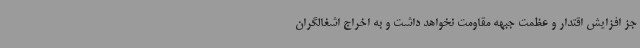
جز افزایش اقتدار و عظمت جبهه مقاومت نخواهد داشت و به اخراج اشغالگران